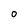
Character: O